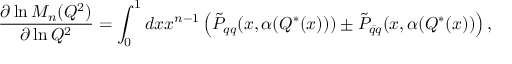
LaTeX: \frac { \partial \ln M _ { n } ( Q ^ { 2 } ) } { \partial \ln Q ^ { 2 } } = \int _ { 0 } ^ { 1 } d x x ^ { n - 1 } \left( \tilde { P } _ { q q } ( x , \alpha ( Q ^ { * } ( x ) ) ) \pm \tilde { P } _ { \bar { q } q } ( x , \alpha ( Q ^ { * } ( x ) ) \right) ,